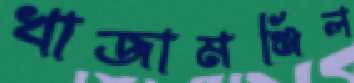
খাজামঞ্জিল